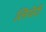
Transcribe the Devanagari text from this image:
लियेरी